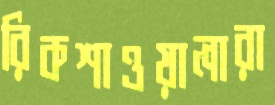
রিকশাওয়ালারা